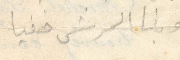
وبنا الحرش خفيا